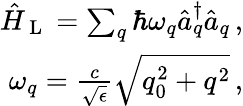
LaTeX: \begin{array}{r}{\hat{H}_{\mathrm{~L~}}=\sum_{q}\hbar\omega_{q}\hat{a}_{q}^{\dagger}\hat{a}_{q}\, ,}\\ {\omega_{q}=\frac{c}{\sqrt{\epsilon}}\sqrt{q_{0}^{2}+q^{2}}\, ,}\end{array}